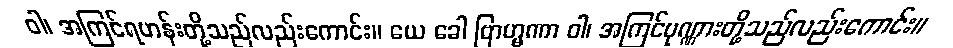
ဝါ၊ အကြင်ရဟန်းတို့သည်လည်းကောင်း။ ယေ ခေါ ဗြာဟ္မဏာ ဝါ၊ အကြင်ပုဏ္ဏားတို့သည်လည်းကောင်း။